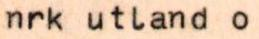
nrk utland o